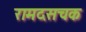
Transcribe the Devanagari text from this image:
रामदसचक